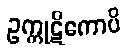
ဥက္ကုဋိကောပိ